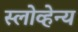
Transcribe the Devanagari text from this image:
स्लोव्हेन्य